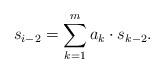
LaTeX: \begin{align*}s_{i-2}=\sum_{k=1}^m a_k\cdot s_{k-2}.\end{align*}